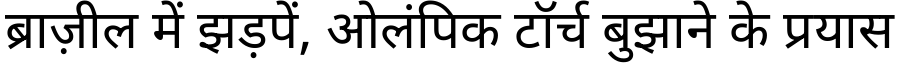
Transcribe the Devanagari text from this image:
ब्राज़ील में झड़पें, ओलंपिक टॉर्च बुझाने के प्रयास